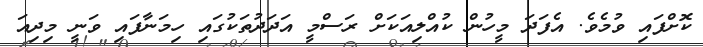
ކޮށްފައި ވުމެވެ. އެފަދަ މީހުން ކުއްލިއަކަށް ރަސްމީ އަދަދުތަކުގައި ހިމަނާފައި ވަނީ މިދިއަ